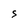
Character: S